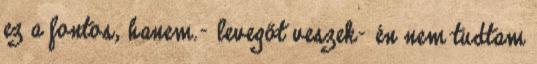
ez a fontos, hanem.- levegőt veszek- én nem tudtam